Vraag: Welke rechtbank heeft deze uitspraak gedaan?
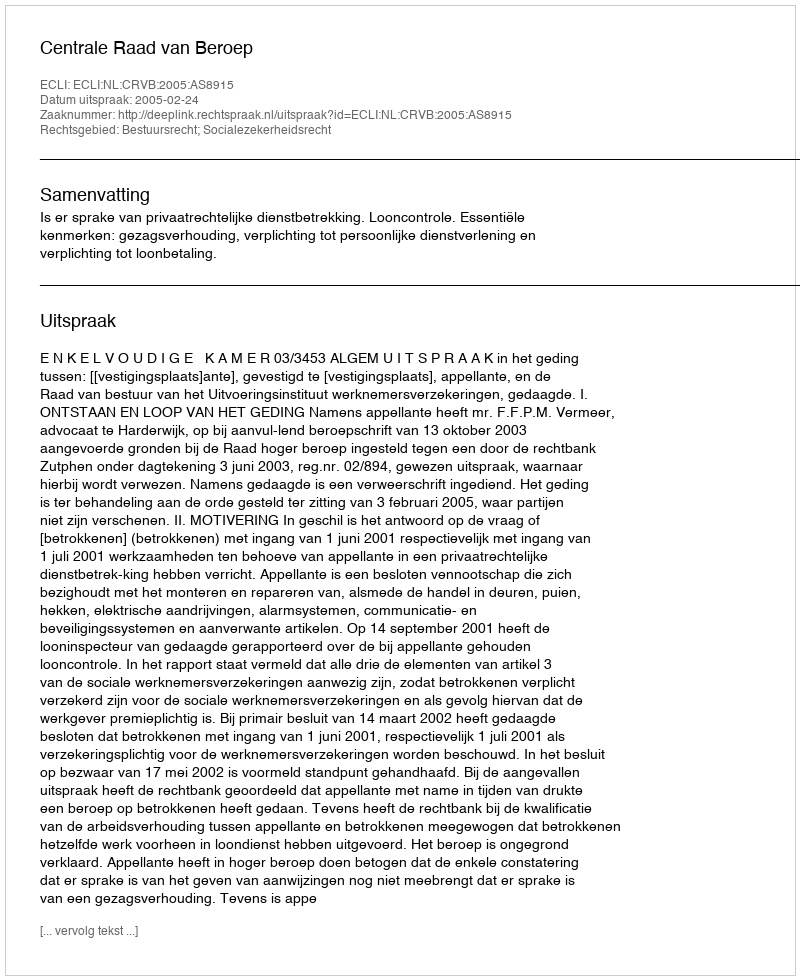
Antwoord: Centrale Raad van Beroep